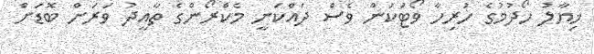
ޚިޔާލު ހޯދުމުގެ ހުރިހާ ވޯޓަކުން ވެސް ދައްކަނީ މެކްރޯންގެ ތާއީދު ވަރަށް ބޮޑަށް